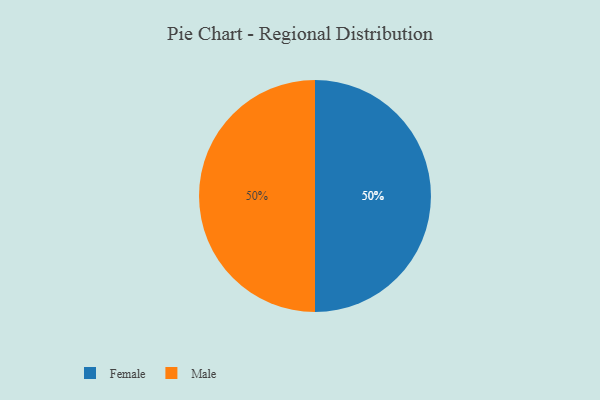
{"axis": {"x": "Category", "y": "Percentage"}, "legend": ["Female", "Male"], "data": [{"x": "Female", "y": 50, "type": "Female"}, {"x": "Male", "y": 50, "type": "Male"}]}